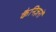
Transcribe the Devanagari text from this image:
कैनिज़रों